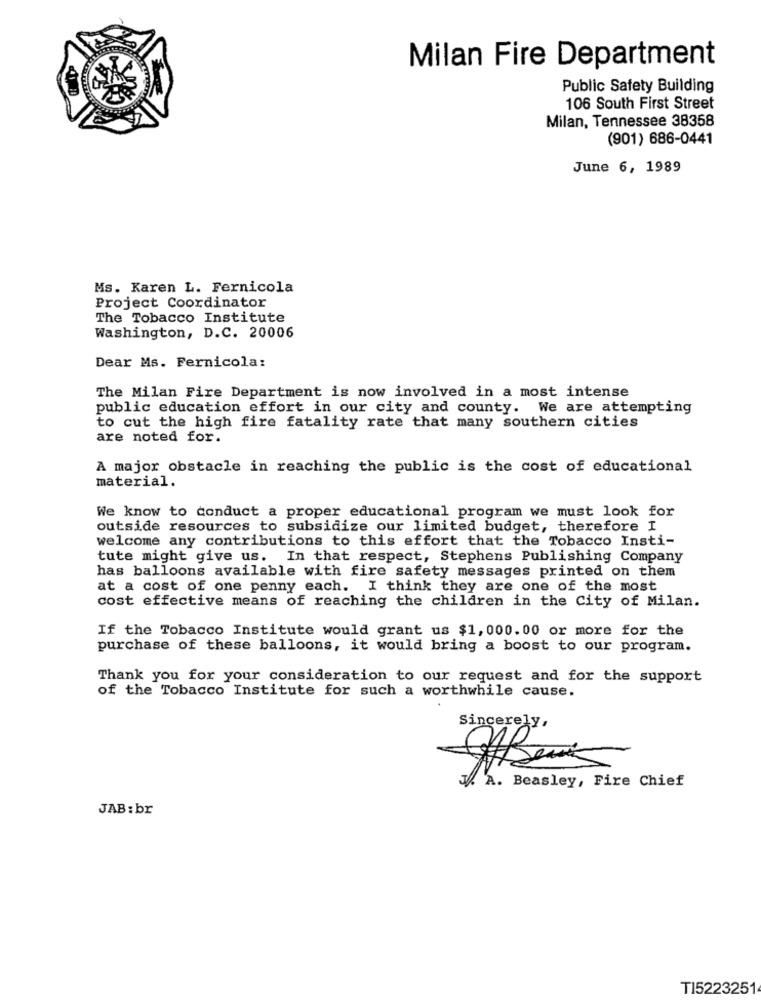
Milan Fire Department
Public Safety Building
106 South First Street
Milan, Tennessee 38358
(901) 686-0441
June 6, 1989
Ms. Karen L. Fernicola
Project Coordinator
The Tobacco Institute
Washington, D.C. 20006
Dear Ms. Fernicola:
The Milan Fire Department is now involved in a most intense
public education effort in our city and county. We are attempting
to cut the high fire fatality rate that many southern cities
are noted for.
A major obstacle in reaching the public is the cost of educational
material.
We know to conduct a proper educational program we must look for
outside resources to subsidize our limited budget, therefore I
welcome any contributions to this effort that the Tobacco Insti-
tute might give us. In that respect, Stephens Publishing Company
has balloons available with fire safety messages printed on them
at a cost of one penny each. I think they are one of the most
cost effective means of reaching the children in the City of Milan.
If the Tobacco Institute would grant us $1,000.00 or more for the
purchase of these balloons, it would bring a boost to our program.
Thank you for your consideration to our request and for the support
of the Tobacco Institute for such a worthwhile cause.
Sincerely,
W. A. Beasley, Fire Chief
JAB :br
T15223251